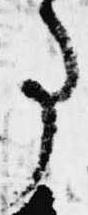
事